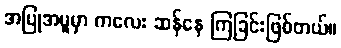
အပြုအမူမှာ ကလေး ဆန်နေ ကြခြင်းဖြစ်တယ်။